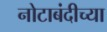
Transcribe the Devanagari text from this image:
नोटाबंदीच्या